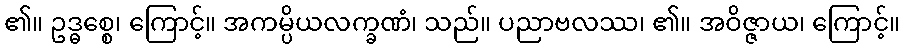
၏။ ဥဒ္ဓစ္စေ၊ ကြောင့်။ အကမ္ပိယလက္ခဏံ၊ သည်။ ပညာဗလဿ၊ ၏။ အဝိဇ္ဇာယ၊ ကြောင့်။